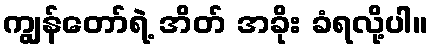
ကျွန်တော်ရဲ့ အိတ် အခိုး ခံရလို့ပါ။